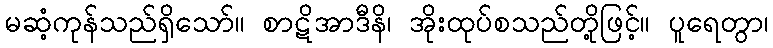
မဆံ့ကုန်သည်ရှိသော်။ စာဋိအာဒီနိ၊ အိုးထုပ်စသည်တို့ဖြင့်။ ပူရေတွာ၊